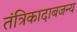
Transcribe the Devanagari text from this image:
तंत्रिकादाबजन्य